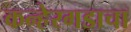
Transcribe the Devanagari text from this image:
कन्हेरगडाचा